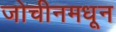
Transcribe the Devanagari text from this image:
जोचीनमधून